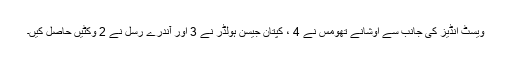
ویسٹ انڈیز کی جانب سے اوشانے تھومس نے 4 ، کپتان جیسن ہولڈر نے 3 اور آندرے رسل نے 2 وکٹیں حاصل کیں۔